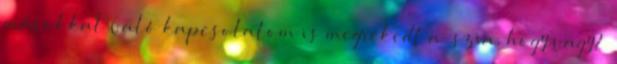
másokkal való kapcsolatom is megrekedt a „szia, hogy vagy?”